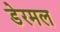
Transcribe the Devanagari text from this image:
डेरमल